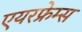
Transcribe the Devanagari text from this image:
एयरफ्रेम्स